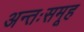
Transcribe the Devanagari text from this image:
अन्तःसमूह